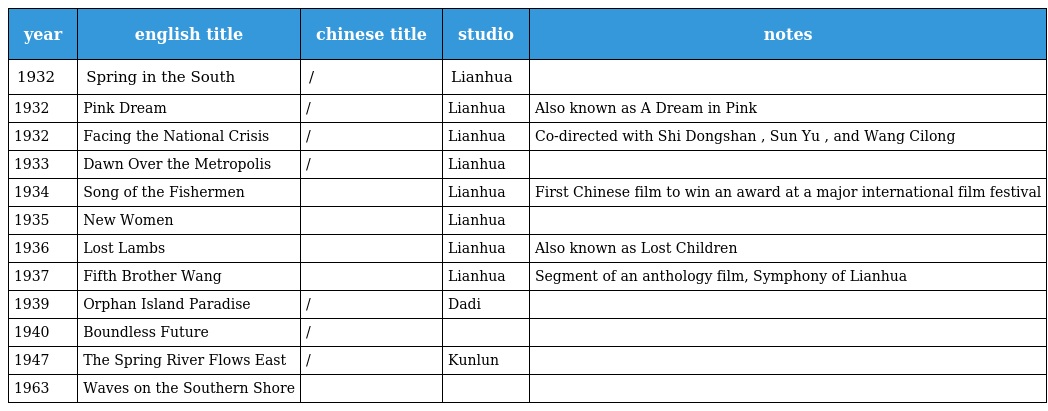
| year | english title | chinese title | studio | notes |
 | --- | --- | --- | --- | --- |
 | 1932 | Spring in the South | 南國之春/南国之春 | Lianhua |  |
 | 1932 | Pink Dream | 粉紅色的夢/粉红色的梦 | Lianhua | Also known as A Dream in Pink |
 | 1932 | Facing the National Crisis | 共赴國難/共赴国难 | Lianhua | Co-directed with Shi Dongshan , Sun Yu , and Wang Cilong |
 | 1933 | Dawn Over the Metropolis | 都會的早晨/都会的早晨 | Lianhua |  |
 | 1934 | Song of the Fishermen | 漁光曲渔光曲 | Lianhua | First Chinese film to win an award at a major international film festival |
 | 1935 | New Women | 新女性 | Lianhua |  |
 | 1936 | Lost Lambs | 迷途的羔羊 | Lianhua | Also known as Lost Children |
 | 1937 | Fifth Brother Wang | 王老五 | Lianhua | Segment of an anthology film, Symphony of Lianhua |
 | 1939 | Orphan Island Paradise | 孤島天堂/孤岛天堂 | Dadi |  |
 | 1940 | Boundless Future | 前程萬里/前程万里 |  |  |
 | 1947 | The Spring River Flows East | 一江春水向東流上集/一江春水向东流上集 | Kunlun |  |
 | 1963 | Waves on the Southern Shore | 南海潮 |  |  |